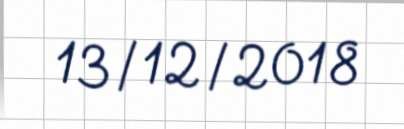
13/12/2018